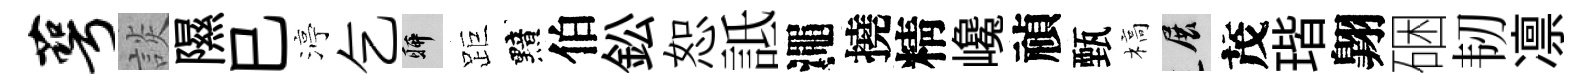
萼談隰巳渟乞聊距黯伯鈆恕詆澠撓精巉禎甄槁展茂瑎翺硱韧凛